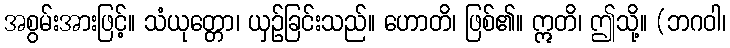
အစွမ်းအားဖြင့်။ သံယုတ္တော၊ ယှဉ်ခြင်းသည်။ ဟောတိ၊ ဖြစ်၏။ ဣတိ၊ ဤသို့။ (ဘဂဝါ၊